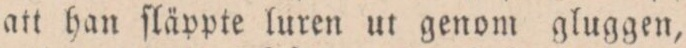
att han ſläppte luren ut genom gluggen,